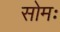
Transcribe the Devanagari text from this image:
सोमः